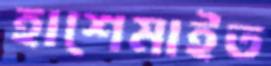
হাশেমাইত